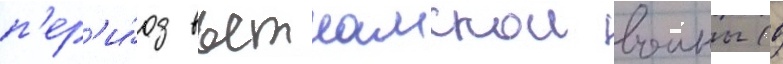
п'ер'и́од вьетнамскои воины (в